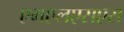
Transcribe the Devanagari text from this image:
एमएलएसएस